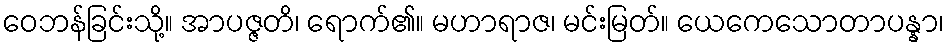
ဝေဘန်ခြင်းသို့။ အာပဇ္ဇတိ၊ ရောက်၏။ မဟာရာဇ၊ မင်းမြတ်။ ယေကေသောတာပန္နာ၊